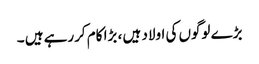
بڑے لوگوں کی اولاد ہیں ، بڑا کام کررہے ہیں ۔